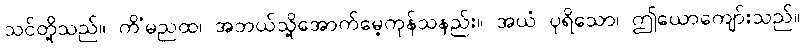
သင်တို့သည်။ ကိံမညထ၊ အဘယ်သို့အောက်မေ့ကုန်သနည်း။ အယံ ပုရိသော၊ ဤယောကျော်းသည်။